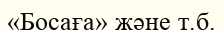
«Босаға» және т.б.